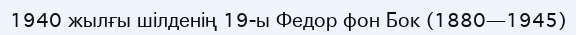
1940 жылғы шілденің 19-ы Федор фон Бок (1880—1945)